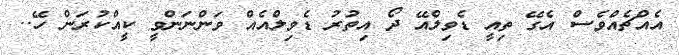
އެއްޗެއްވެސް އެގޭ ތިއީ ޑެވިލްއޭ ދޯ އިތުރު ޑެވިލްއެއް ވަންނަންވީ ކީއްކުރަން ހޭ..